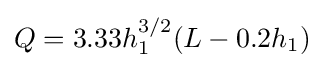
{\textstyle Q=3.33h_{1}^{3/2}(L-0.2h_{1})}